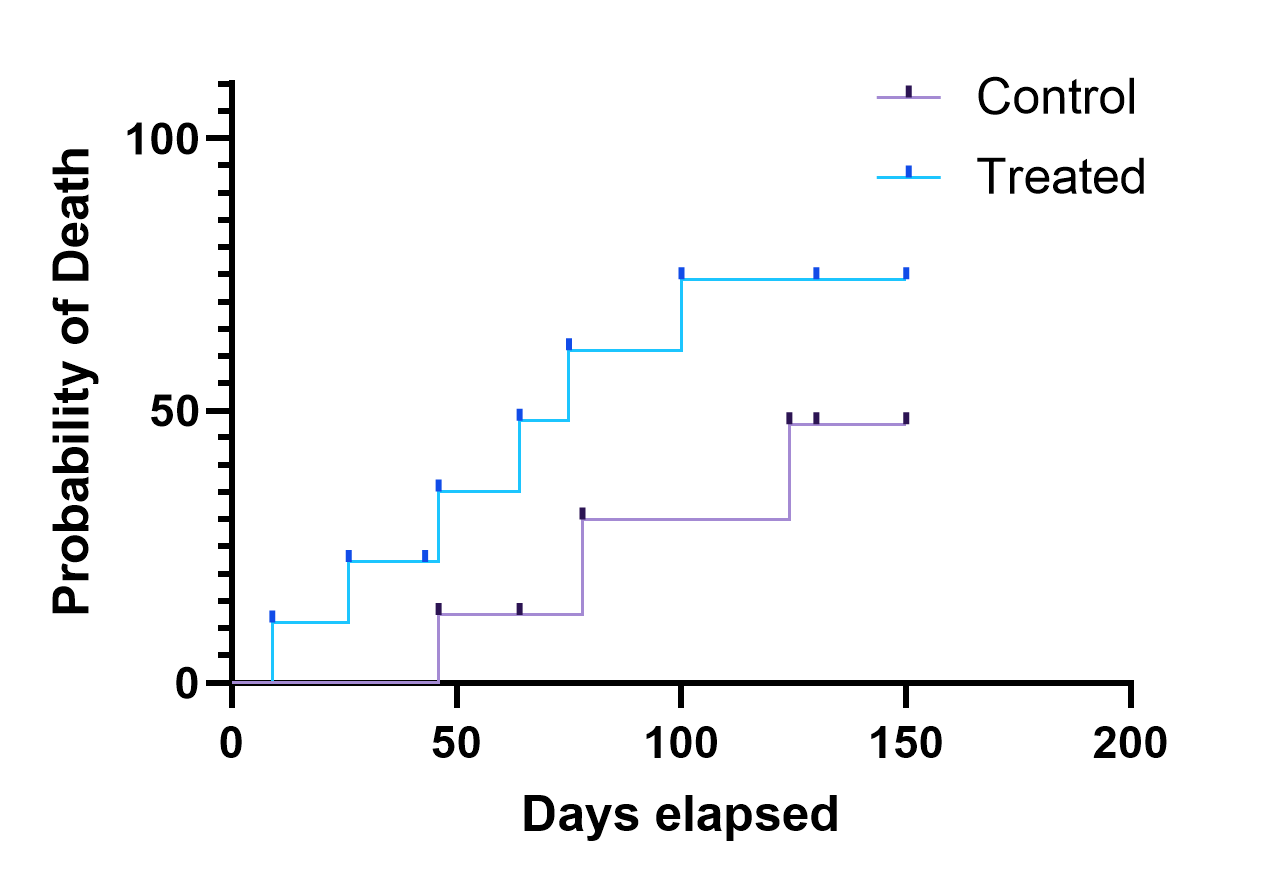
graphpad, survival, two groups, staircase